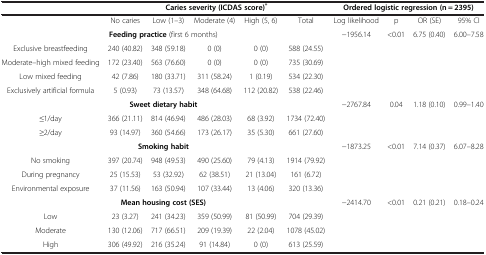
<table><thead><tr><td><b> </b></td><td colspan="5"><b>Caries severity (ICDAS score)<sup>*</sup></b></td><td colspan="4"><b>Ordered logistic regression (n = 2395)</b></td></tr></thead><tbody><tr><td> </td><td>No caries</td><td>Low (1–3)</td><td>Moderate (4)</td><td>High (5, 6)</td><td>Total</td><td>Log likelihood</td><td>p</td><td>OR (SE)</td><td>95% CI</td></tr><tr><td colspan="6"><b>Feeding practice</b> (first 6 months)</td><td>-1956.14</td><td>&lt;0.01</td><td>6.75 (0.40)</td><td>6.00–7.58</td></tr><tr><td>Exclusive breastfeeding</td><td>240 (40.82)</td><td>348 (59.18)</td><td>0 (0)</td><td>0 (0)</td><td>588 (24.55)</td><td> </td><td> </td><td> </td><td> </td></tr><tr><td>Moderate–high mixed feeding</td><td>172 (23.40)</td><td>563 (76.60)</td><td>0 (0)</td><td>0 (0)</td><td>735 (30.69)</td><td> </td><td> </td><td> </td><td> </td></tr><tr><td>Low mixed feeding</td><td>42 (7.86)</td><td>180 (33.71)</td><td>311 (58.24)</td><td>1 (0.19)</td><td>534 (22.30)</td><td> </td><td> </td><td> </td><td> </td></tr><tr><td>Exclusively artificial formula</td><td>5 (0.93)</td><td>73 (13.57)</td><td>348 (64.68)</td><td>112 (20.82)</td><td>538 (22.46)</td><td> </td><td> </td><td> </td><td> </td></tr><tr><td colspan="6"><b>Sweet dietary habit</b></td><td>-2767.84</td><td>0.04</td><td>1.18 (0.10)</td><td>0.99–1.40</td></tr><tr><td>≤1/day</td><td>366 (21.11)</td><td>814 (46.94)</td><td>486 (28.03)</td><td>68 (3.92)</td><td>1734 (72.40)</td><td> </td><td> </td><td> </td><td> </td></tr><tr><td>≥2/day</td><td>93 (14.97)</td><td>360 (54.66)</td><td>173 (26.17)</td><td>35 (5.30)</td><td>661 (27.60)</td><td> </td><td> </td><td> </td><td> </td></tr><tr><td colspan="6"><b>Smoking habit</b></td><td>-1873.25</td><td>&lt;0.01</td><td>7.14 (0.37)</td><td>6.07–8.28</td></tr><tr><td>No smoking</td><td>397 (20.74)</td><td>948 (49.53)</td><td>490 (25.60)</td><td>79 (4.13)</td><td>1914 (79.92)</td><td> </td><td> </td><td> </td><td> </td></tr><tr><td>During pregnancy</td><td>25 (15.53)</td><td>53 (32.92)</td><td>62 (38.51)</td><td>21 (13.04)</td><td>161 (6.72)</td><td> </td><td> </td><td> </td><td> </td></tr><tr><td>Environmental exposure</td><td>37 (11.56)</td><td>163 (50.94)</td><td>107 (33.44)</td><td>13 (4.06)</td><td>320 (13.36)</td><td> </td><td> </td><td> </td><td> </td></tr><tr><td colspan="6"><b>Mean housing cost (SES)</b></td><td>-2414.70</td><td>&lt;0.01</td><td>0.21 (0.21)</td><td>0.18–0.24</td></tr><tr><td>Low</td><td>23 (3.27)</td><td>241 (34.23)</td><td>359 (50.99)</td><td>81 (50.99)</td><td>704 (29.39)</td><td> </td><td> </td><td> </td><td> </td></tr><tr><td>Moderate</td><td>130 (12.06)</td><td>717 (66.51)</td><td>209 (19.39)</td><td>22 (2.04)</td><td>1078 (45.02)</td><td> </td><td> </td><td> </td><td> </td></tr><tr><td>High</td><td>306 (49.92)</td><td>216 (35.24)</td><td>91 (14.84)</td><td>0 (0)</td><td>613 (25.59)</td><td> </td><td> </td><td> </td><td> </td></tr></tbody></table>